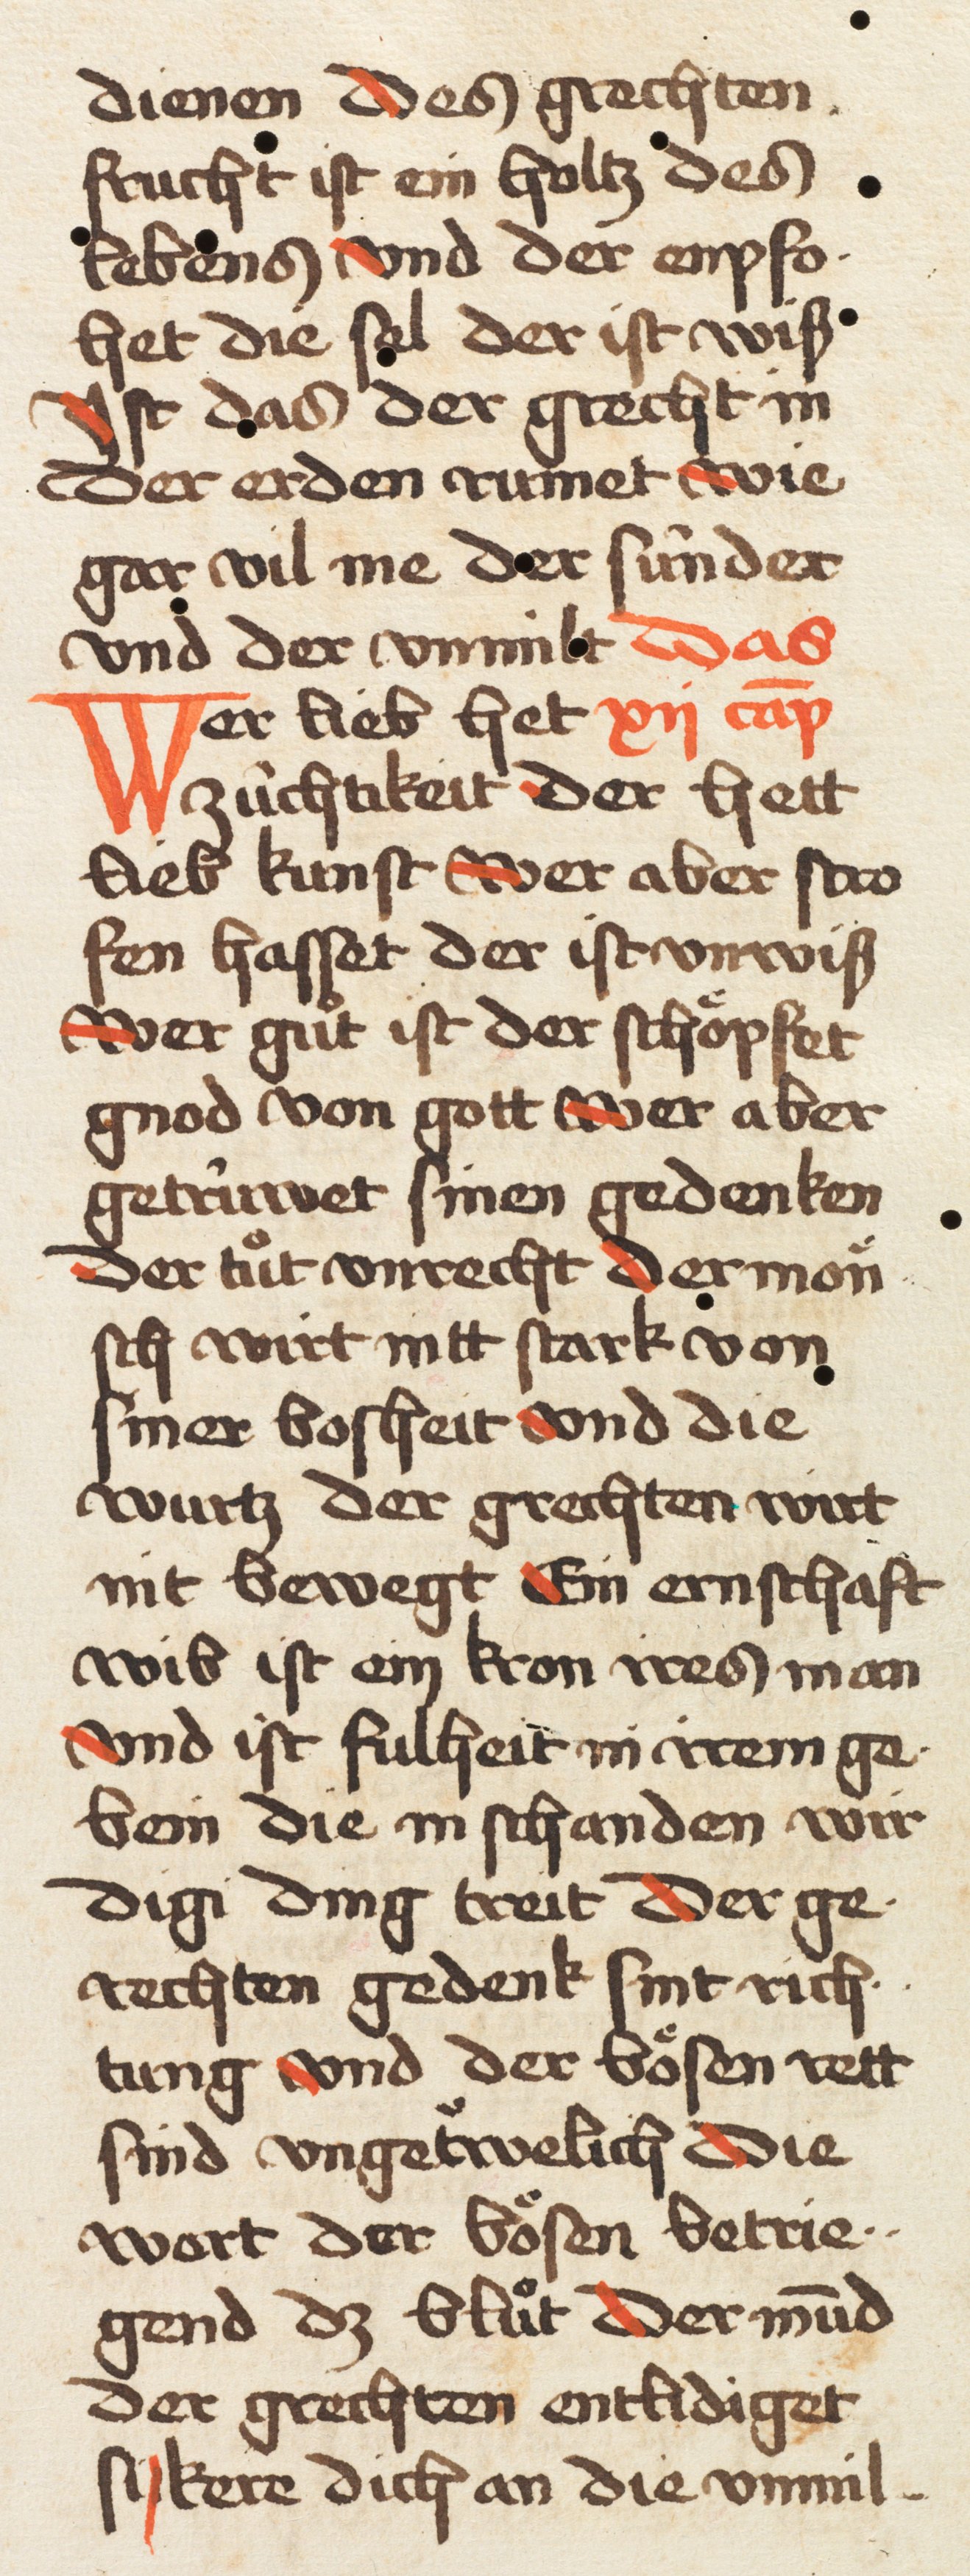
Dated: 1457–1457